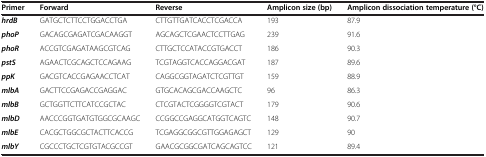
| Primer | Forward | Reverse | Amplicon size (bp) | Amplicon dissociation temperature (°C) |
 | --- | --- | --- | --- | --- |
 | hrdB | GATGCTCTTCCTGGACCTGA | CTTGTTGATCACCTCGACCA | 193 | 87.9 |
 | phoP | GACAGCGAGATCGACAAGGT | AGCAGCTCGAACTCCTTGAG | 239 | 91.6 |
 | phoR | ACCGTCGAGATAAGCGTCAG | CTTGCTCCATACCGTGACCT | 186 | 90.3 |
 | pstS | AGAACTCGCAGCTCCAGAAG | TCGTAGGTCACCAGGACGAT | 187 | 89.6 |
 | ppK | GACGTCACCGAGAACCTCAT | CAGGCGGTAGATCTCGTTGT | 159 | 88.9 |
 | mlbA | GACTTCCGAGACCGAGGAC | GTGCACAGCGACCAAGCTC | 96 | 86.3 |
 | mlbB | GCTGGTTCTTCATCCGCTAC | CTCGTACTCGGGGTCGTACT | 179 | 90.6 |
 | mlbD | AACCCGGTGATGTGGCGCAAGC | CCGGCCGAGGCATGGTCAGTC | 148 | 90.7 |
 | mlbE | CACGCTGGCGCTACTTCACCG | TCGAGGCGGCGTTGGAGAGCT | 129 | 90 |
 | mlbY | CGCCCTGCTCGTGTACGCCGT | GAACGCGGCGATCAGCAGTCC | 121 | 89.4 |